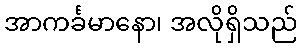
အာကင်္ခမာနော၊ အလိုရှိသည်